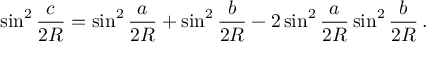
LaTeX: \sin ^ { 2 } { \frac { c } { 2 R } } = \sin ^ { 2 } { \frac { a } { 2 R } } + \sin ^ { 2 } { \frac { b } { 2 R } } - 2 \sin ^ { 2 } { \frac { a } { 2 R } } \sin ^ { 2 } { \frac { b } { 2 R } } \, .